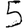
Digit: 5